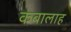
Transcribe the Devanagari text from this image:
कबालाह